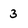
Character: 3